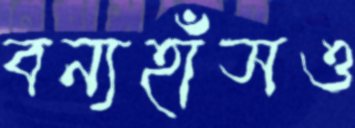
বন্যহাঁসও